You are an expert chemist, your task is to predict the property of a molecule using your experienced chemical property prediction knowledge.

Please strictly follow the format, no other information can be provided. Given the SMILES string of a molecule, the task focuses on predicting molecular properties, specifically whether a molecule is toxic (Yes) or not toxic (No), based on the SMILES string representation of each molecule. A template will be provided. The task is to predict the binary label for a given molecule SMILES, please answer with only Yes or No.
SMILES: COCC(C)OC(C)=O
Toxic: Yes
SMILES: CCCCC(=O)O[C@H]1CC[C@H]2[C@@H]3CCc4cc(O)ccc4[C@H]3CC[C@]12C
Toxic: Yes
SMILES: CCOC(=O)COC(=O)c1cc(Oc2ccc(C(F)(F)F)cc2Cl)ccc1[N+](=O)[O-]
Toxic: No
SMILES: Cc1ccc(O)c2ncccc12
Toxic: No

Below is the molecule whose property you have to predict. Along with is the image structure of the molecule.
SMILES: CCn1nc(C(=O)O)c(=O)c2cc3c(cc21)OCO3
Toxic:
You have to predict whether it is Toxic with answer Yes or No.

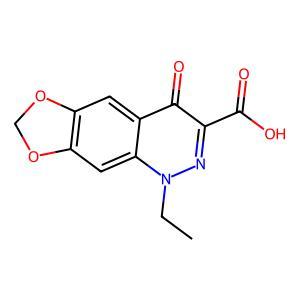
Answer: No